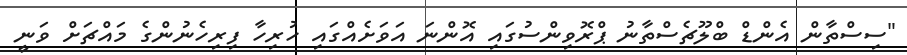
"ސިސްތާން އެންޑް ބްލޫޗެސްތާނު ޕްރޮވިންސުގައި އޮންނަ އަވަށެއްގައި ހުރިހާ ފިރިހެނުންގެ މައްޗަށް ވަނީ